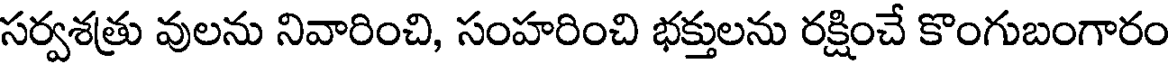
సర్వశత్రు వులను నివారించి, సంహరించి భక్తులను రక్షించే కొంగుబంగారం